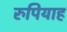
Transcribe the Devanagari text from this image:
रुपियाह